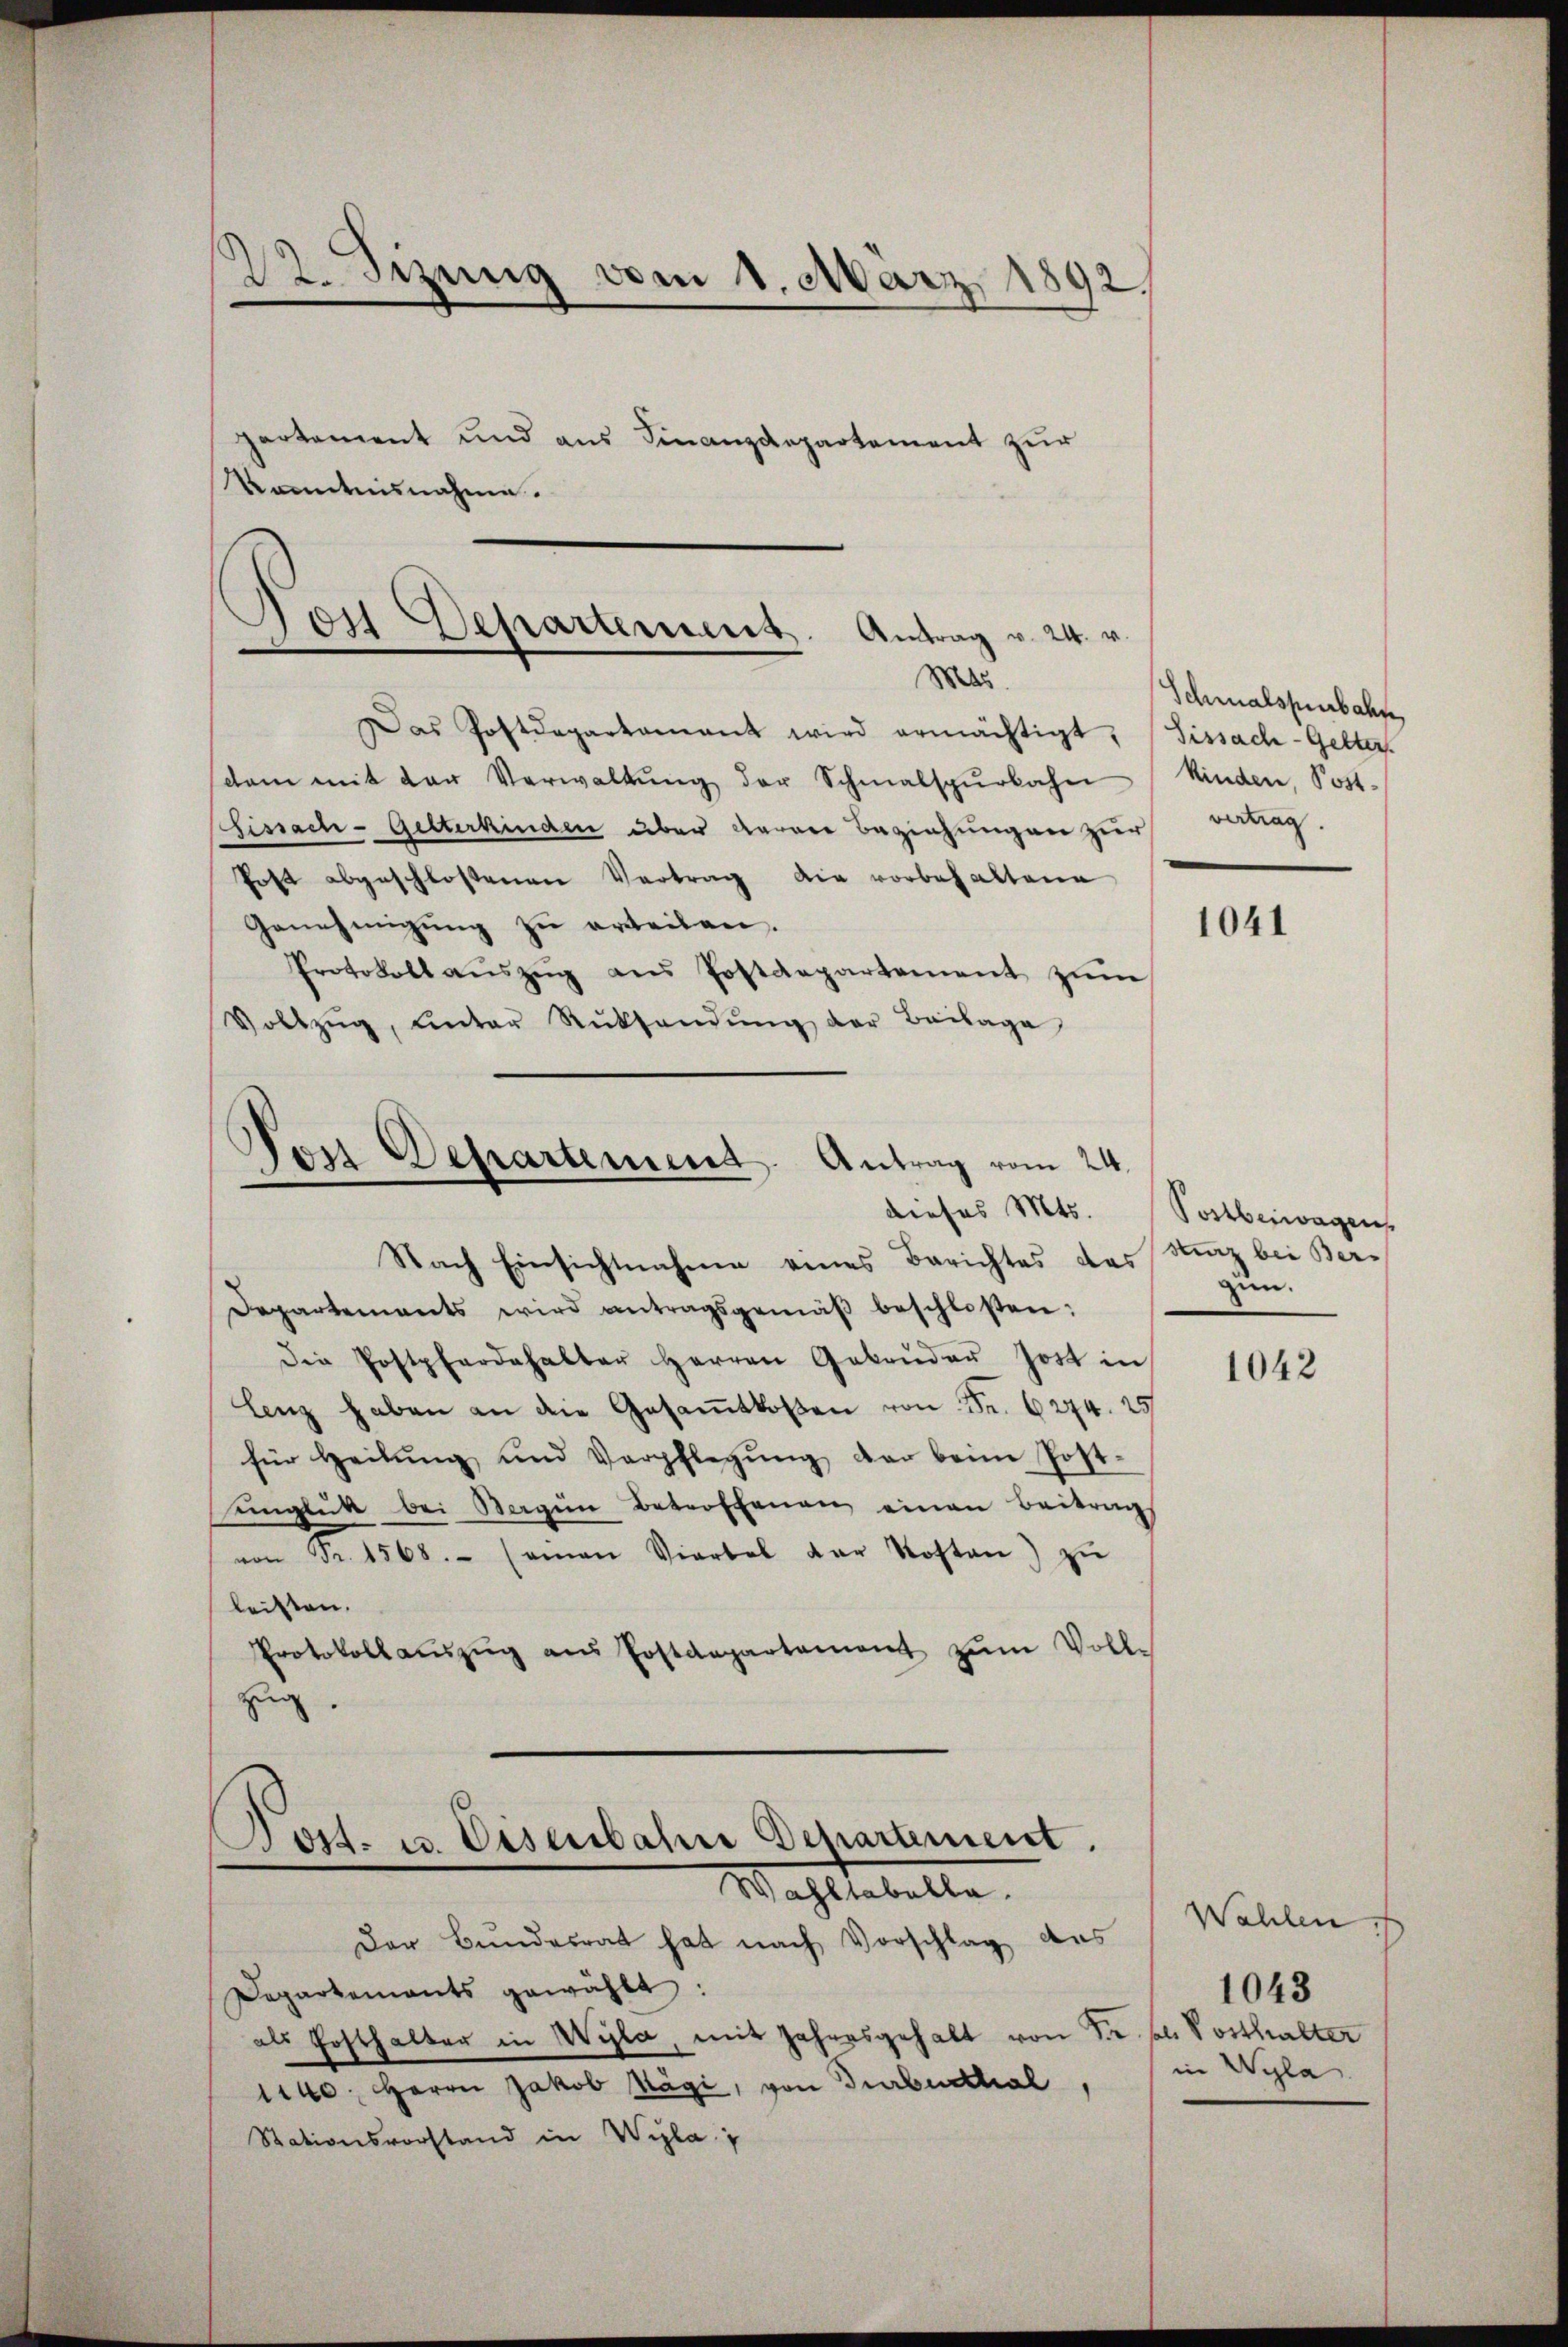
22. Sezung vom 1. März 1892/

partement und aus Finanzdepartement zur
Kenntnisnahme.

Dei Departement. Antrag v. 24. v.
Mas

Das Postdepartamant wird ermächtigt, Fissach-Gelter
dam mit der Verwaltŭng der Schmalspŭrbahn Kinden, Post-
Fissach- Gelterkinden über daran Beziehungen zur Tag.
Post abgeschlossenen Vertrag die vorbehaltene
Genehmigŭng zu erteilen.
Protokoll aŭszŭg ans Postdepartement zum
Vollzŭg, ŭnter Rücksendŭng der Beilage
Von Departement. Antrag vom 24.

Der Bundesrat hat nach Vorschlag des
Departements gewählt:
als Posthalter in Wyla, mit Jahresgehalt von Sr. soll Vorthalter
1140. Herrn Jakob Kägi, von Turbuchal
Stationsvorstand in Wipla

Nach Einsichtnahme eines Berichtes des
Departements wird antragsgemäβ beschloßen:
die Postpfardahalter Herren Gebrüder Jost in
lenz haben an die Gesamtkosen von Fr. 6274. 25
für heilŭng und Verpflegŭng der beim Post-
ŭnglück bei Bergen Betroffenen einen Beitrag
von Fr. 1568. (aman Viertel der Kosten zŭ
leisten.
Protokoll aŭszŭg aŭs Postdepartament zŭm Volle
zug
.
.

Post. u. Eisenbahre Departement.
Wahltabella.

Schmalsperbahn

1041

dieses Mts. Sostberwagen
sturz bei Ber-
zun.

1042

Wahlen
1043
in Wyla